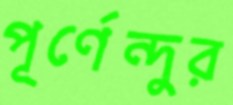
পূর্ণেন্দুর